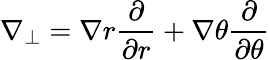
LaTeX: \nabla_{\perp}=\nabla r\frac{\partial}{\partial r}+\nabla\theta\frac{\partial}{\partial\theta}